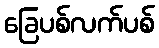
ခြေပစ်လက်ပစ်